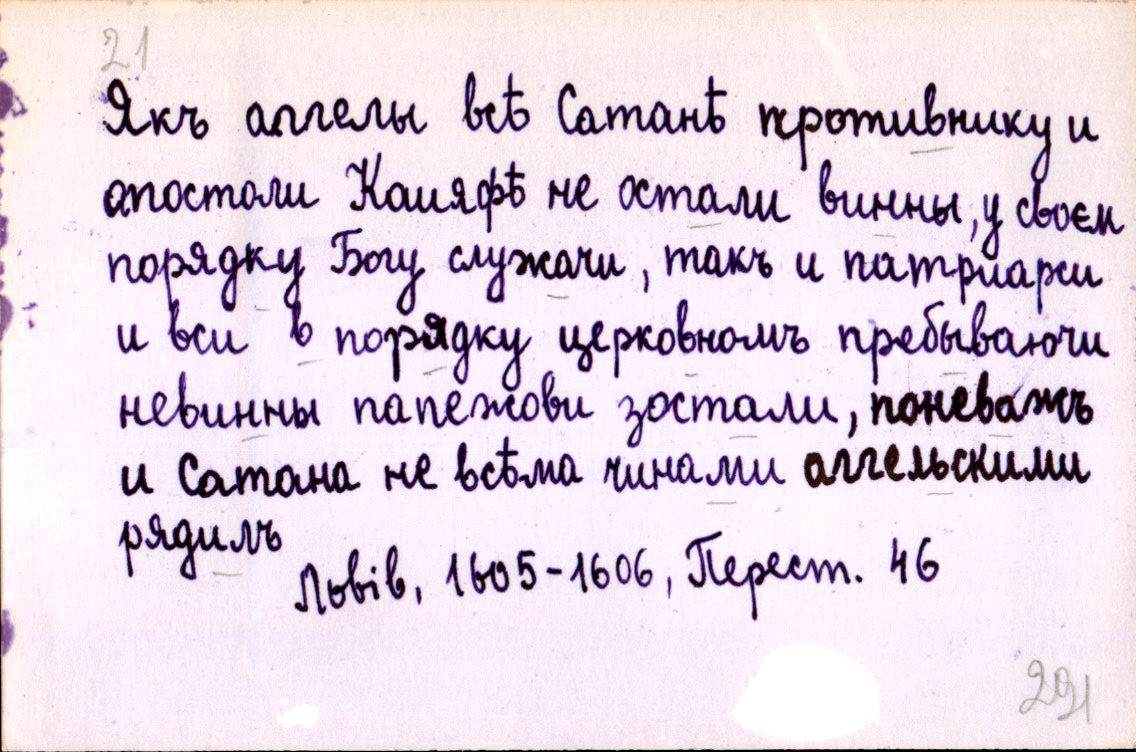
Якъ аггелы всѣ Сатанѣ противнику и
апостоли Каияфѣ не остали винны, у своєм
порядку Богу служачи, такъ и патриарси
и вси в порядку церковномъ пребываючи
невинны папежови зостали, поневажъ
и Сатана не всѣма чинами аггельскими
рядилъ
Львів, 1605-1606, Перест. 46